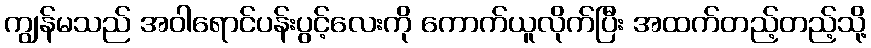
ကျွန်မသည် အဝါရောင်ပန်းပွင့်လေးကို ကောက်ယူလိုက်ပြီး အထက်တည့်တည့်သို့